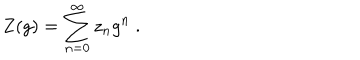
Z ( g ) = \sum _ { n = 0 } ^ { \infty } z _ { n } g ^ { n } \ .